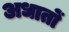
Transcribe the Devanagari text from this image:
अधातों